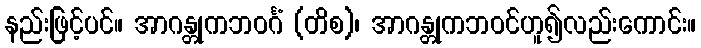
နည်းဖြင့်ပင်။ အာဂန္တုကဘဝင်္ဂံ (တိစ)၊ အာဂန္တုကဘဝင်ဟူ၍လည်းကောင်း။